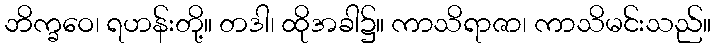
ဘိက္ခဝေ၊ ရဟန်းတို့။ တဒါ၊ ထိုအခါ၌။ ကာသိရာဇာ၊ ကာသိမင်းသည်။